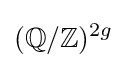
(\mathbb {Q} /\mathbb {Z} )^{2g}